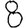
Digit: 8